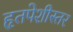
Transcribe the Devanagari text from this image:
हृतपेशीस्तर